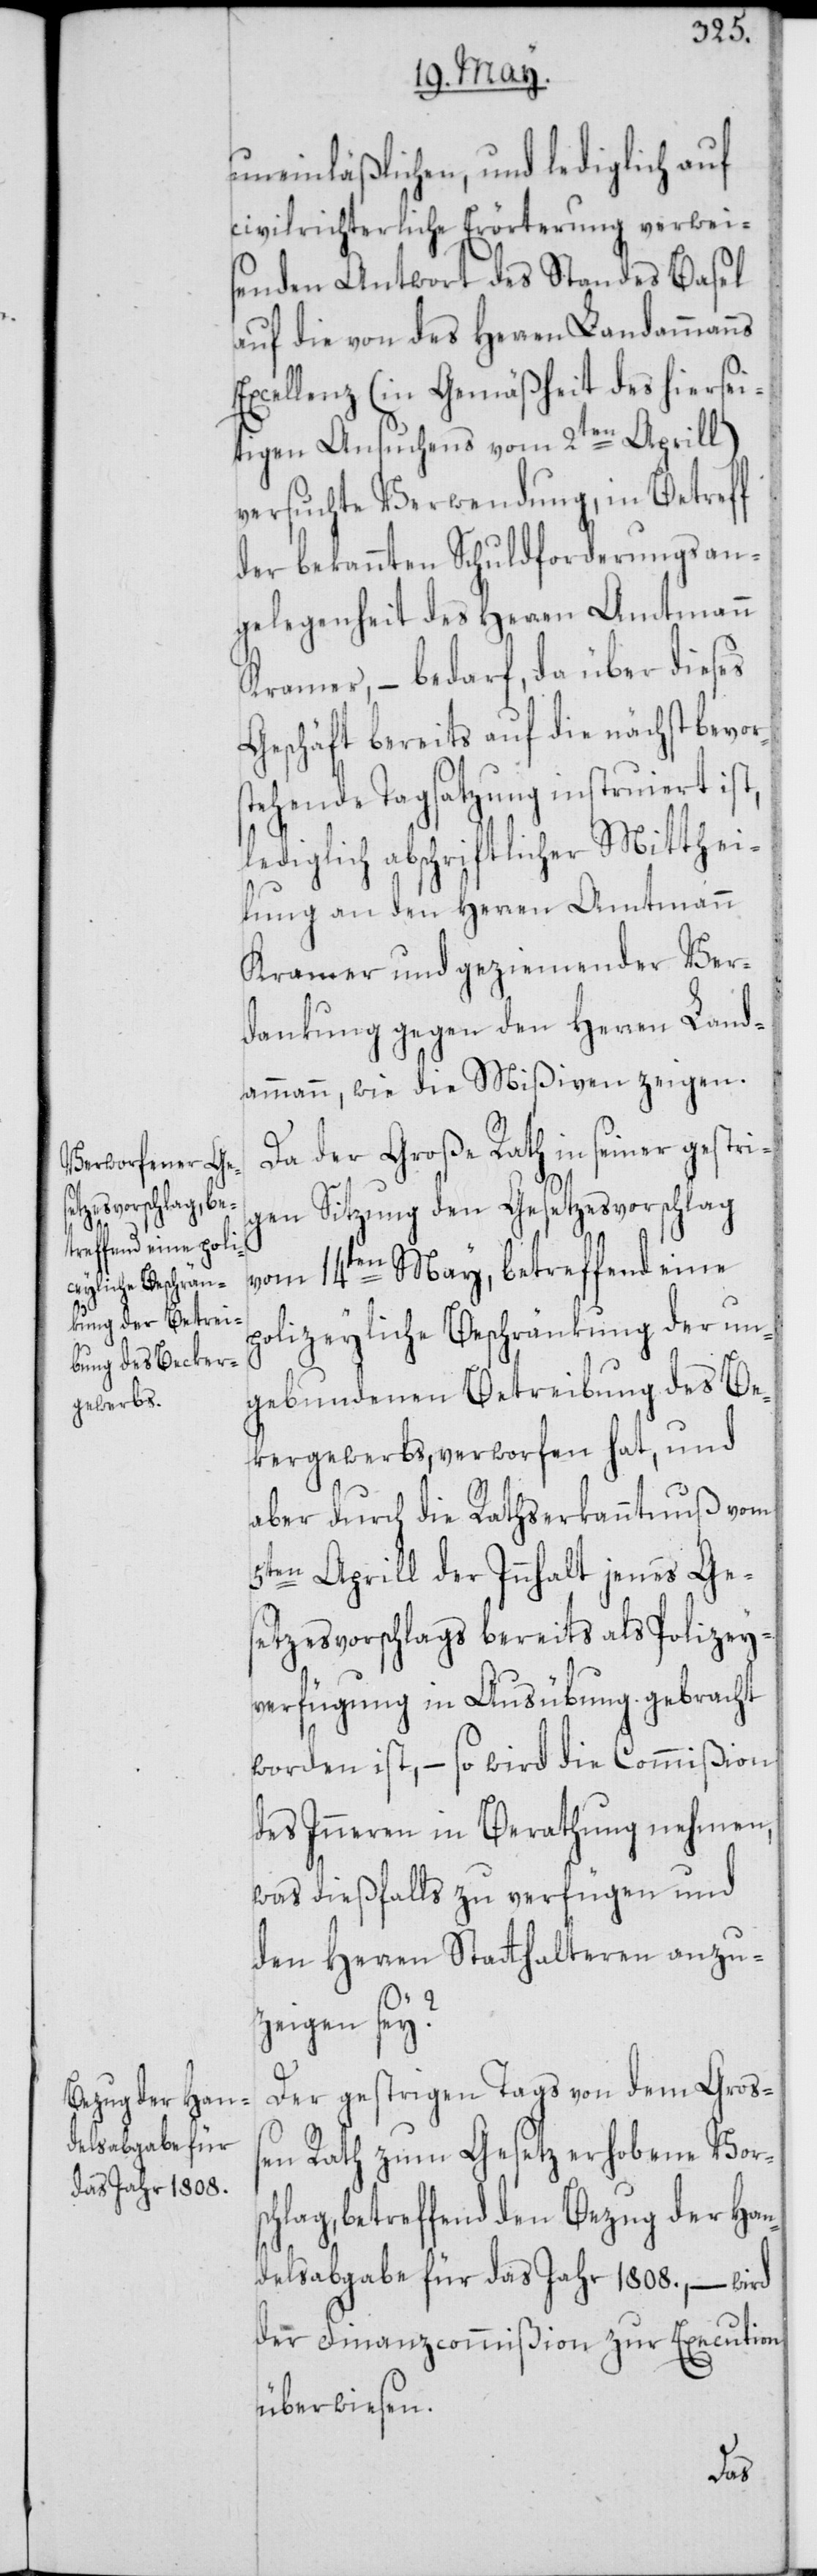
p¬

uneinläßlichen, und lediglich auf
civilrichterliche Erörterung verwei¬
senden Antwort des Standes Basel
auf die von des Herren Landammanns
Excellenz (in Gemäßheit des hiersei¬
tigen Ansuchens vom 2ten Aprill)
versuchte Verwendung, in Betreff
der bekannten Schuldforderungsan¬
gelegenheit des Herren Amtmann
Kramer, – bedarf, da über dieses
Geschäft bereits auf die nächst bevor¬
stehende Tagsatzung instruiert ist,
lediglich abschriftlicher Mitthei¬
lung an den Herren Amtmann
Kramer und geziemender Ver¬
dankung gegen den Herren Land¬
ammann, wie die Mißiven zeigen.
Da der Große Rath in seiner gestri¬
gen Sitzung den Gesetzesvorschlag
vom 14ten May, betreffend eine
olizeyliche Beschränkung der un¬
gebundenen Betreibung des Bec¬
kergewerbs, verworfen hat, und
aber durch die Rathserkanntnuß vom
5ten Aprill der Innhalt jenes Ges¬
etzesvorschlags bereits als Polizey¬
verfügung in Ausübung gebracht
worden ist, – so wird die Commißion
des Inneren in Berathung nehmen,
was dießfalls zu verfügen und
den Herren Statthalteren anzu¬
zeigen sey?
Der gestrigen Tags von dem Groß¬
en Rath zum Gesetz erhobene Vorsc¬
hlag, betreffend den Bezug der Han¬
delsabgabe für das Jahr 1808., – wird
der Finanzcommißion zur Execution
überwiesen.